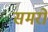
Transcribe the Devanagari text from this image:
समरों